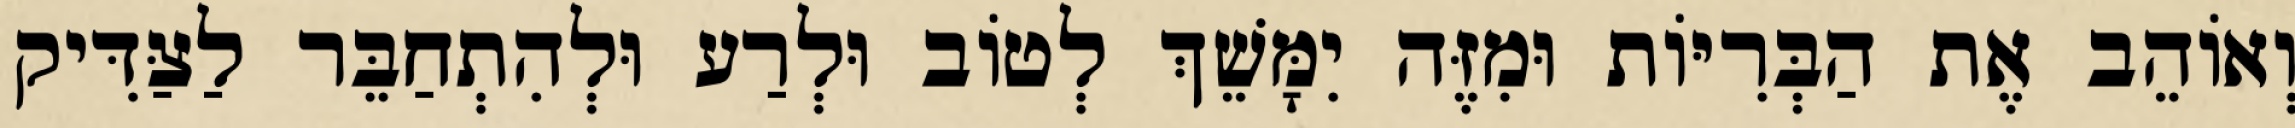
וְאוֹהֵב אֶת הַבְּרִיּוֹת וּמִזֶּה יִמָּשֵׁךְ לְטוֹב וּלְרַע וּלְהִתְחַבֵּר לַצַּדִּיק